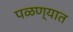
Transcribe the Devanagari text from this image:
पळण्यात